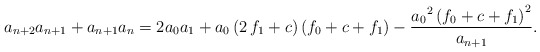
\begin{align*} a_{{n+2}}a_{{n+1}}+a_{{n+1}}a_{{n}}=2a_{{0}}a_{{1}}+a_{{0}} \left( 2\,f_{{1}}+c \right) \left( f_{{0}}+c+f_{{1}} \right)-{\frac {{a_{{0}}}^{2} \left( f_{{0}}+c+f_{{1}} \right) ^{2}}{a_{{n+1}}}}. \end{align*}